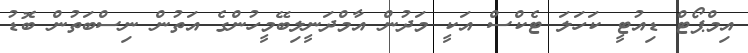
އިމްޕޯޓް ޑިއުޓީ ކަހަލަ ޓެކްސް އަކީ މަދުން އާމްދަނީލިބޭމީހުންގެ އަތުން ނިސްބަތުން ބޮޑު